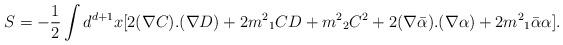
LaTeX: \begin{align*}S=-\frac{1}{2}\int d^{d+1} x [2(\nabla C).(\nabla D)+ 2{m^2}_1CD+{m^2}_2 C^2 + 2(\nabla\bar{\alpha}).(\nabla\alpha)+2{m^2}_1\bar{\alpha}\alpha].\end{align*}